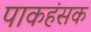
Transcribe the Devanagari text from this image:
पाकहंसक